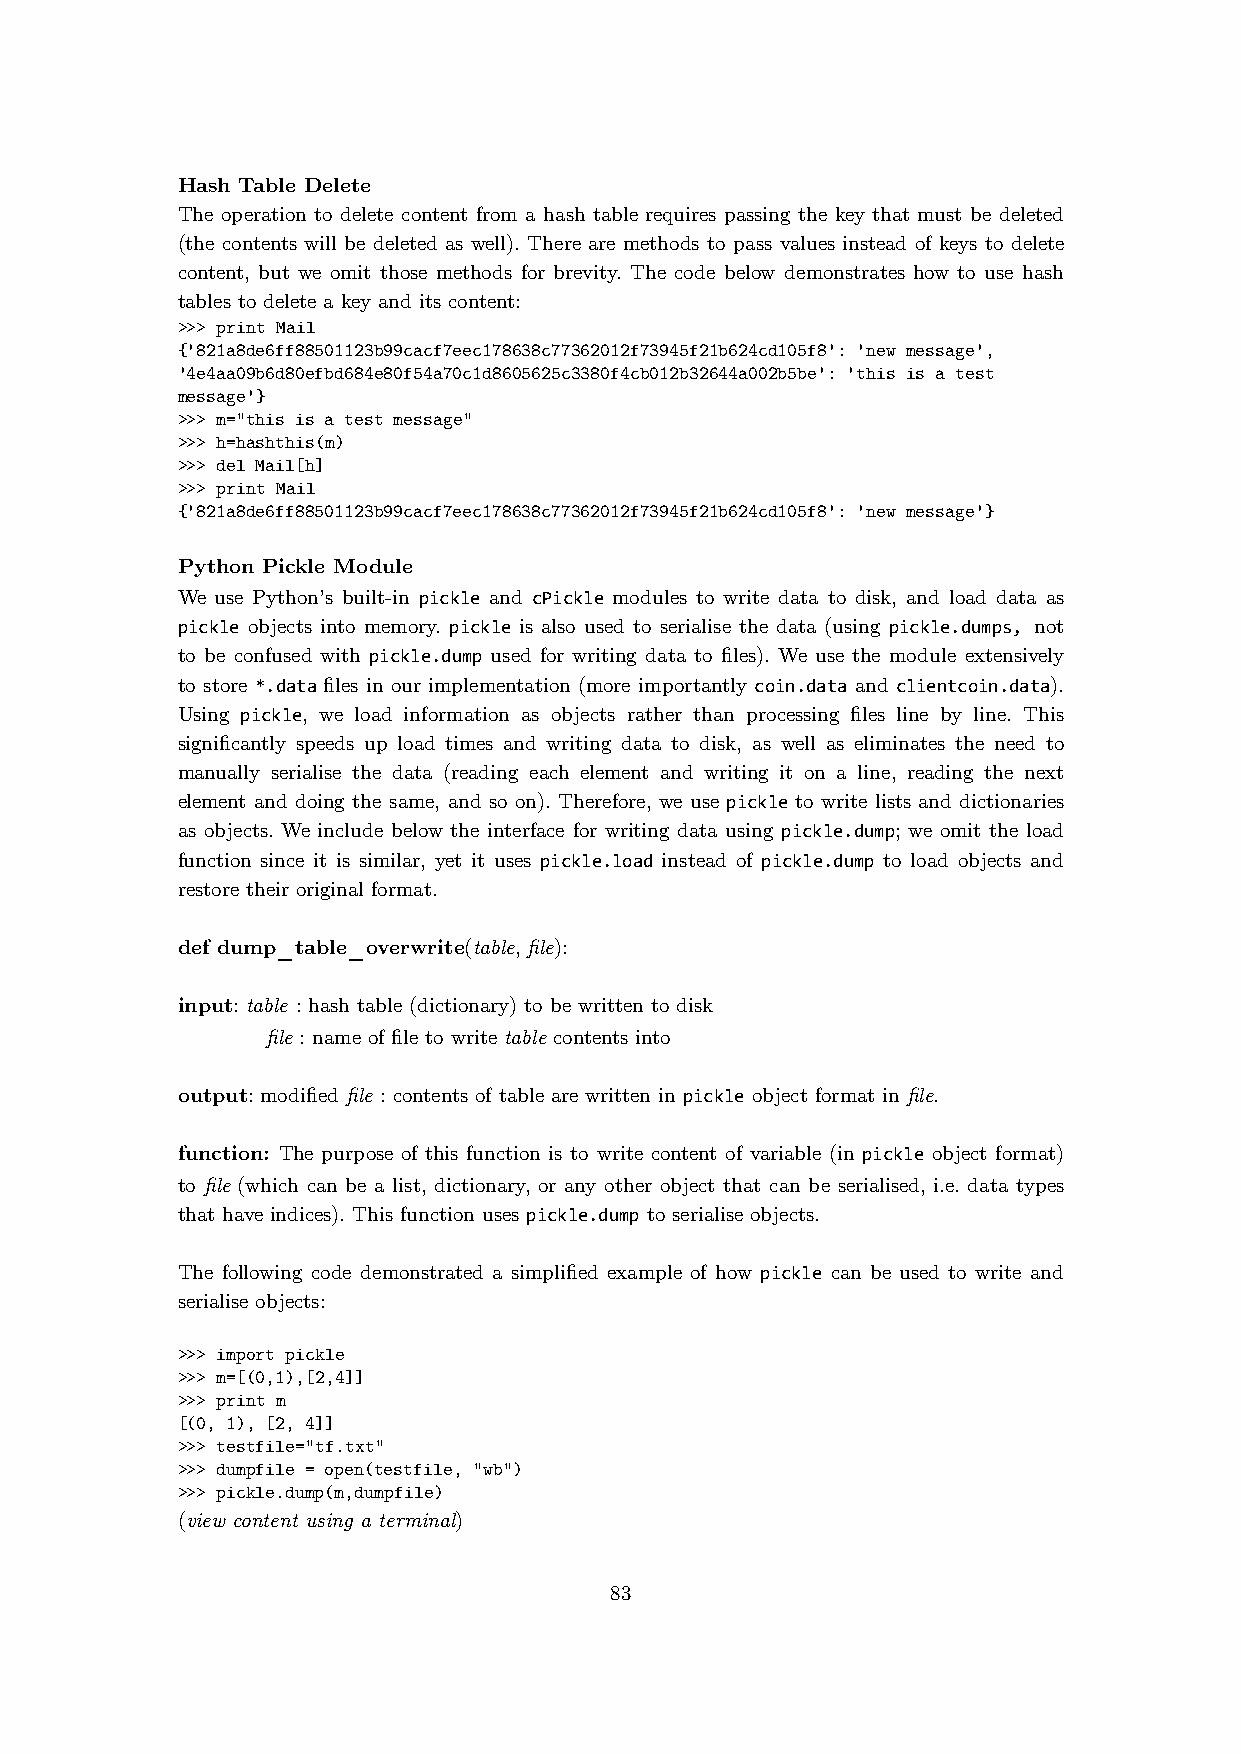
Hash Table Delete
 The operation to delete content from a hash table requires passing the key that must be deleted
 (the contents will be deleted as well). There are methods to pass values instead of keys to delete
 content, but we omit those methods for brevity. The code below demonstrates how to use hash
 tables to delete a key and its content:
 >>> print Mail
 {'821a8de6ff88501123b99cacf7eec178638c77362012f73945f21b624cd105f8': 'new message',
 '4e4aa09b6d80efbd684e80f54a70c1d8605625c3380f4cb012b32644a002b5be': 'this is a test
 message'}
 >>> m="this is a test message"
 >>> h=hashthis(m)
 >>> del Mail[h]
 >>> print Mail
 {'821a8de6ff88501123b99cacf7eec178638c77362012f73945f21b624cd105f8': 'new message'}
 Python Pickle Module
 We use Python’s built-in pickle and cPickle modules to write data to disk, and load data as
 pickle objects into memory. pickle is also used to serialise the data (using pickle.dumps, not
 to be confused with pickle.dump used for writing data to files). We use the module extensively
 to store *.data files in our implementation (more importantly coin.data and clientcoin.data).
 Using pickle, we load information as objects rather than processing files line by line. This
 significantly speeds up load times and writing data to disk, as well as eliminates the need to
 manually serialise the data (reading each element and writing it on a line, reading the next
 element and doing the same, and so on). Therefore, we use pickle to write lists and dictionaries
 as objects. We include below the interface for writing data using pickle.dump; we omit the load
 function since it is similar, yet it uses pickle.load instead of pickle.dump to load objects and
 restore their original format.
 def dump_table_overwrite(table, file):
 input: table : hash table (dictionary) to be written to disk
 "     file : name of file to write table contents into
 output: modified file : contents of table are written in pickle object format in file.
 function: The purpose of this function is to write content of variable (in pickle object format)
 to file (which can be a list, dictionary, or any other object that can be serialised, i.e. data types
 that have indices). This function uses pickle.dump to serialise objects.
 The following code demonstrated a simplified example of how pickle can be used to write and
 serialise objects:
 >>> import pickle
 >>> m=[(0,1),[2,4]]
 >>> print m
 [(0, 1), [2, 4]]
 >>> testfile="tf.txt"
 >>> dumpfile = open(testfile, "wb")
 >>> pickle.dump(m,dumpfile)
 (view content using a terminal)
 83